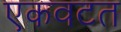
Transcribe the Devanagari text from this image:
एकवटत